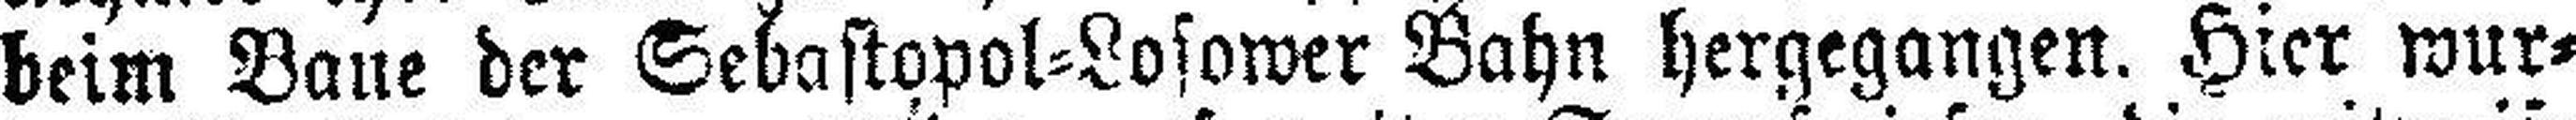
beim Baue der Sebastopol=Losower Bahn hergegangen. Hier wur¬